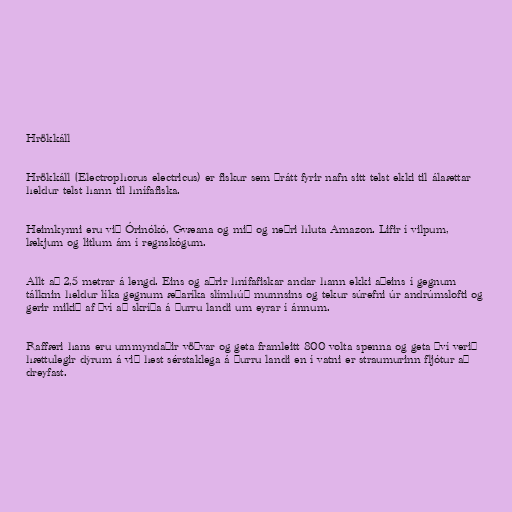
Hrökkáll

Hrökkáll (Electrophorus electricus) er fiskur sem þrátt fyrir nafn sitt telst ekki til álaættar
heldur telst hann til hnífafiska.

Heimkynni eru við Órinókó, Gvæana og mið og neðri hluta Amazon. Lifir í vilpum,
lækjum og litlum ám í regnskógum.

Allt að 2,5 metrar á lengd. Eins og aðrir hnífafiskar andar hann ekki aðeins í gegnum
tálknin heldur líka gegnum æðaríka slímhúð munnsins og tekur súrefni úr andrúmslofti og
gerir mikið af því að skríða á þurru landi um eyrar í ánnum.

Raffæri hans eru ummyndaðir vöðvar og geta framleitt 800 volta spenna og geta því verið
hættulegir dýrum á við hest sérstaklega á þurru landi en í vatni er straumurinn fljótur að
dreyfast.